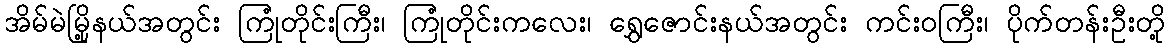
အိမ်မဲမြို့နယ်အတွင်း ကြုံတိုင်းကြီး၊ ကြုံတိုင်းကလေး၊ ရွှေဇောင်းနယ်အတွင်း ကင်းဝကြီး၊ ပိုက်တန်းဦးတို့